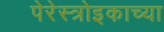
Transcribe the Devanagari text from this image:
पेरेस्त्रोइकाच्या